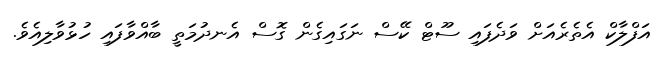
އަފްލާކް އެތެރެއަށް ވަދެފައި ސޫޓް ކޭސް ނަގައިގެން ގޮސް އެނދުމަތީ ބާއްވާފައި ހުޅުވާލިއެވެ.